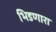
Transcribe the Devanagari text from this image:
भिडणारा